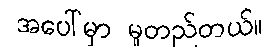
အပေါ်မှာ မူတည်တယ်။